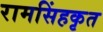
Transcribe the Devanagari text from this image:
रामसिंहकृत